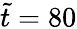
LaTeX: \tilde{t}=80